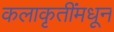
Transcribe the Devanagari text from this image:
कलाकृतींमधून